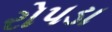
રોપડા